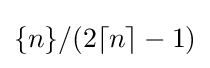
\{n\}/(2\lceil n\rceil -1)